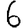
Digit: 6